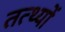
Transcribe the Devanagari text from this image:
तत्थ्यों